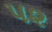
પ૨